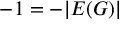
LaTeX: - 1 = - | E ( G ) |